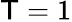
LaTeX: \mathsf{T}=1